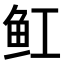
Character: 𫚉